Annual report on the Civil Veterinary Department, Burma (including the Insein Veterinary School) - 1923-1931
Year: 1923
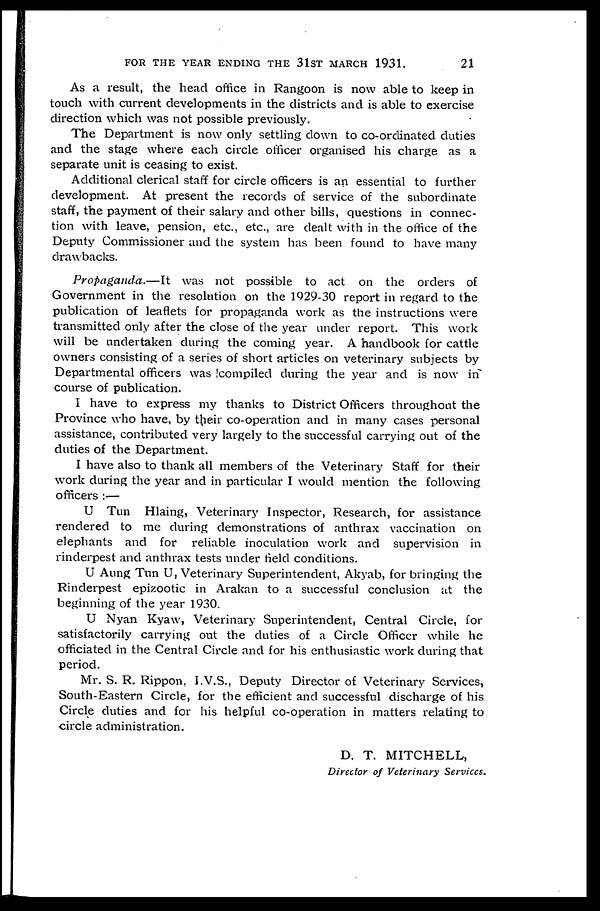
FOR THE YEAR ENDING THE 31ST MARCH 1931.
21
As a result, the head office in Rangoon is now able to keep in
touch with current developments in the districts and is able to exercise
direction which was not possible previously.
The Department is now only settling down to co-ordinated duties
and the stage where each circle officer organised his charge as a
separate unit is ceasing to exist.
Additional clerical staff for circle officers is an essential to further
development. At present the records of service of the subordinate
staff, the payment of their salary and other bills, questions in connec-
tion with leave, pension, etc., etc., are dealt with in the office of the
Deputy Commissioner and the system has been found to have many
drawbacks.
Propaganda.—It was not possible to act on the orders of
Government in the resolution on the 1929-30 report in regard to the
publication of leaflets for propaganda work as the instructions were
transmitted only after the close of the year under report. This work
will be undertaken during the coming year. A handbook for cattle
owners consisting of a series of short articles on veterinary subjects by
Departmental officers was compiled during the year and is now in
course of publication.
I have to express my thanks to District Officers throughout the
Province who have, by their co-operation and in many cases personal
assistance, contributed very largely to the successful carrying out of the
duties of the Department.
I have also to thank all members of the Veterinary Staff for their
work during the year and in particular I would mention the following
officers:—
U Tun Hlaing, Veterinary Inspector, Research, for assistance
rendered to me during demonstrations of anthrax vaccination on
elephants and for reliable inoculation work and supervision in
rinderpest and anthrax tests under field conditions.
U Aung Tun U, Veterinary Superintendent, Akyab, for bringing the
Rinderpest epizootic in Arakan to a successful conclusion at the
beginning of the year 1930.
U Nyan Kyaw, Veterinary Superintendent, Central Circle, for
satisfactorily carrying out the duties of a Circle Officer while he
officiated in the Central Circle and for his enthusiastic work during that
period.
Mr. S. R. Rippon, I.V.S., Deputy Director of Veterinary Services,
South-Eastern Circle, for the efficient and successful discharge of his
Circle duties and for his helpful co-operation in matters relating to
circle administration.
D. T. MITCHELL,
Director of Veterinary
Services.